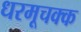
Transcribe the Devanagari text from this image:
धरमूचक्क